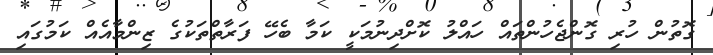
ގޮތުން ހުރި ގޮންޖެހުންތައް ހައްލު ކޮށްދިނުމަކީ ކަމާ ބެހޭ ފަރާތްތަކުގެ ޒިންމާއެއް ކަމުގައި